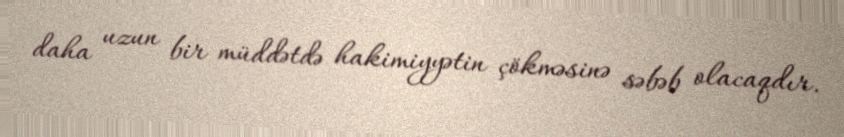
daha uzun bir müddətdə hakimiyyətin çökməsinə səbəb olacaqdır.